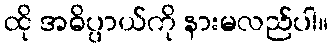
ထို အဓိပ္ပာယ်ကို နားမလည်ပါ။